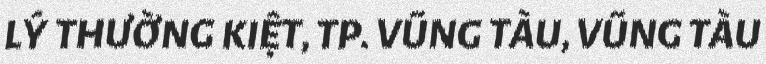
LÝ THƯỜNG KIỆT, TP. VŨNG TÀU, VŨNG TÀU